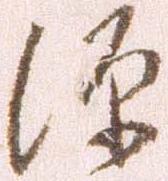
源